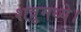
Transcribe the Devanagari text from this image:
शत्रुमध्ये।